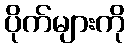
ပိုက်များကို